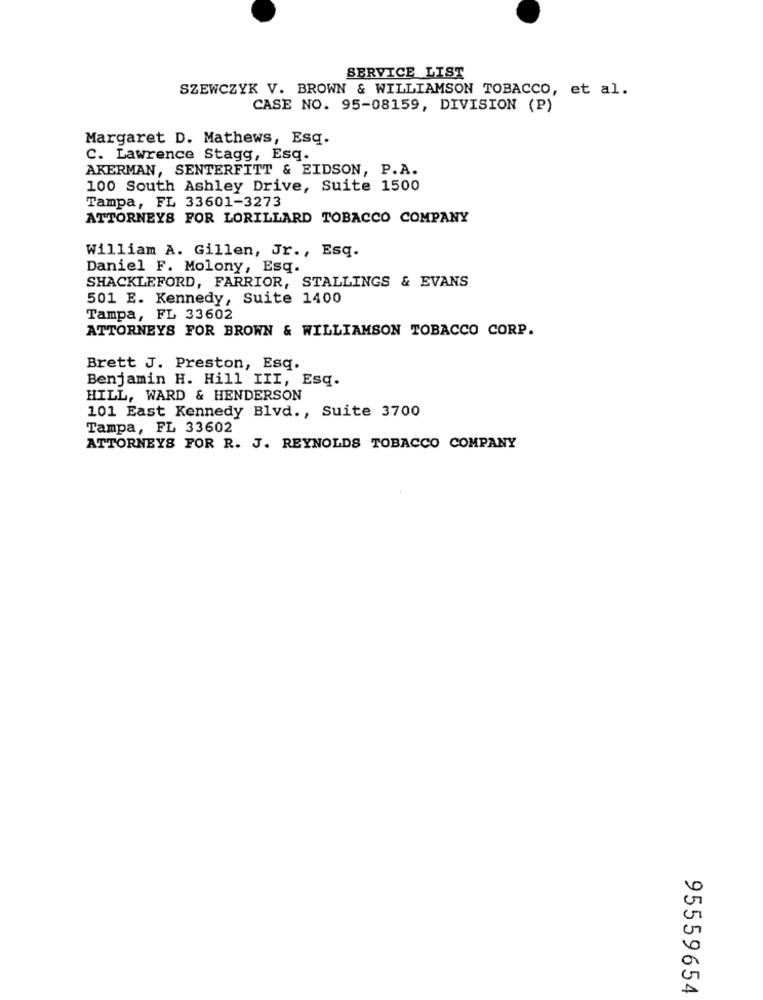
SERVICE LIST
SZEWCZYK V. BROWN & WILLIAMSON TOBACCO, et al.
CASE NO. 95-08159, DIVISION (P)
Margaret D. Mathews, Esq.
C. Lawrence Stagg, Esq.
AKERMAN, SENTERFITT & EIDSON, P.A.
100 South Ashley Drive, Suite 1500
Tampa, FL 33601-3273
ATTORNEYS FOR LORILLARD TOBACCO COMPANY
William A. Gillen, Jr ., Esq.
Daniel F. Molony, Esq.
SHACKLEFORD, FARRIOR, STALLINGS & EVANS
501 E. Kennedy, Suite 1400
Tampa, FL 33602
ATTORNEYS FOR BROWN & WILLIAMSON TOBACCO CORP.
Brett J. Preston, Esq.
Benjamin H. Hill III, Esq.
HILL, WARD & HENDERSON
101 East Kennedy Blvd ., Suite 3700
Tampa, FL 33602
ATTORNEYS FOR R. J. REYNOLDS TOBACCO COMPANY
95559654